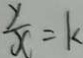
\frac { y } { x } = k